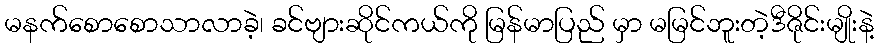
မနက်စောစောသာလာခဲ့၊ ခင်ဗျားဆိုင်ကယ်ကို မြန်မာပြည် မှာ မမြင်ဘူးတဲ့ဒီဇိုင်းမျိုးနဲ့